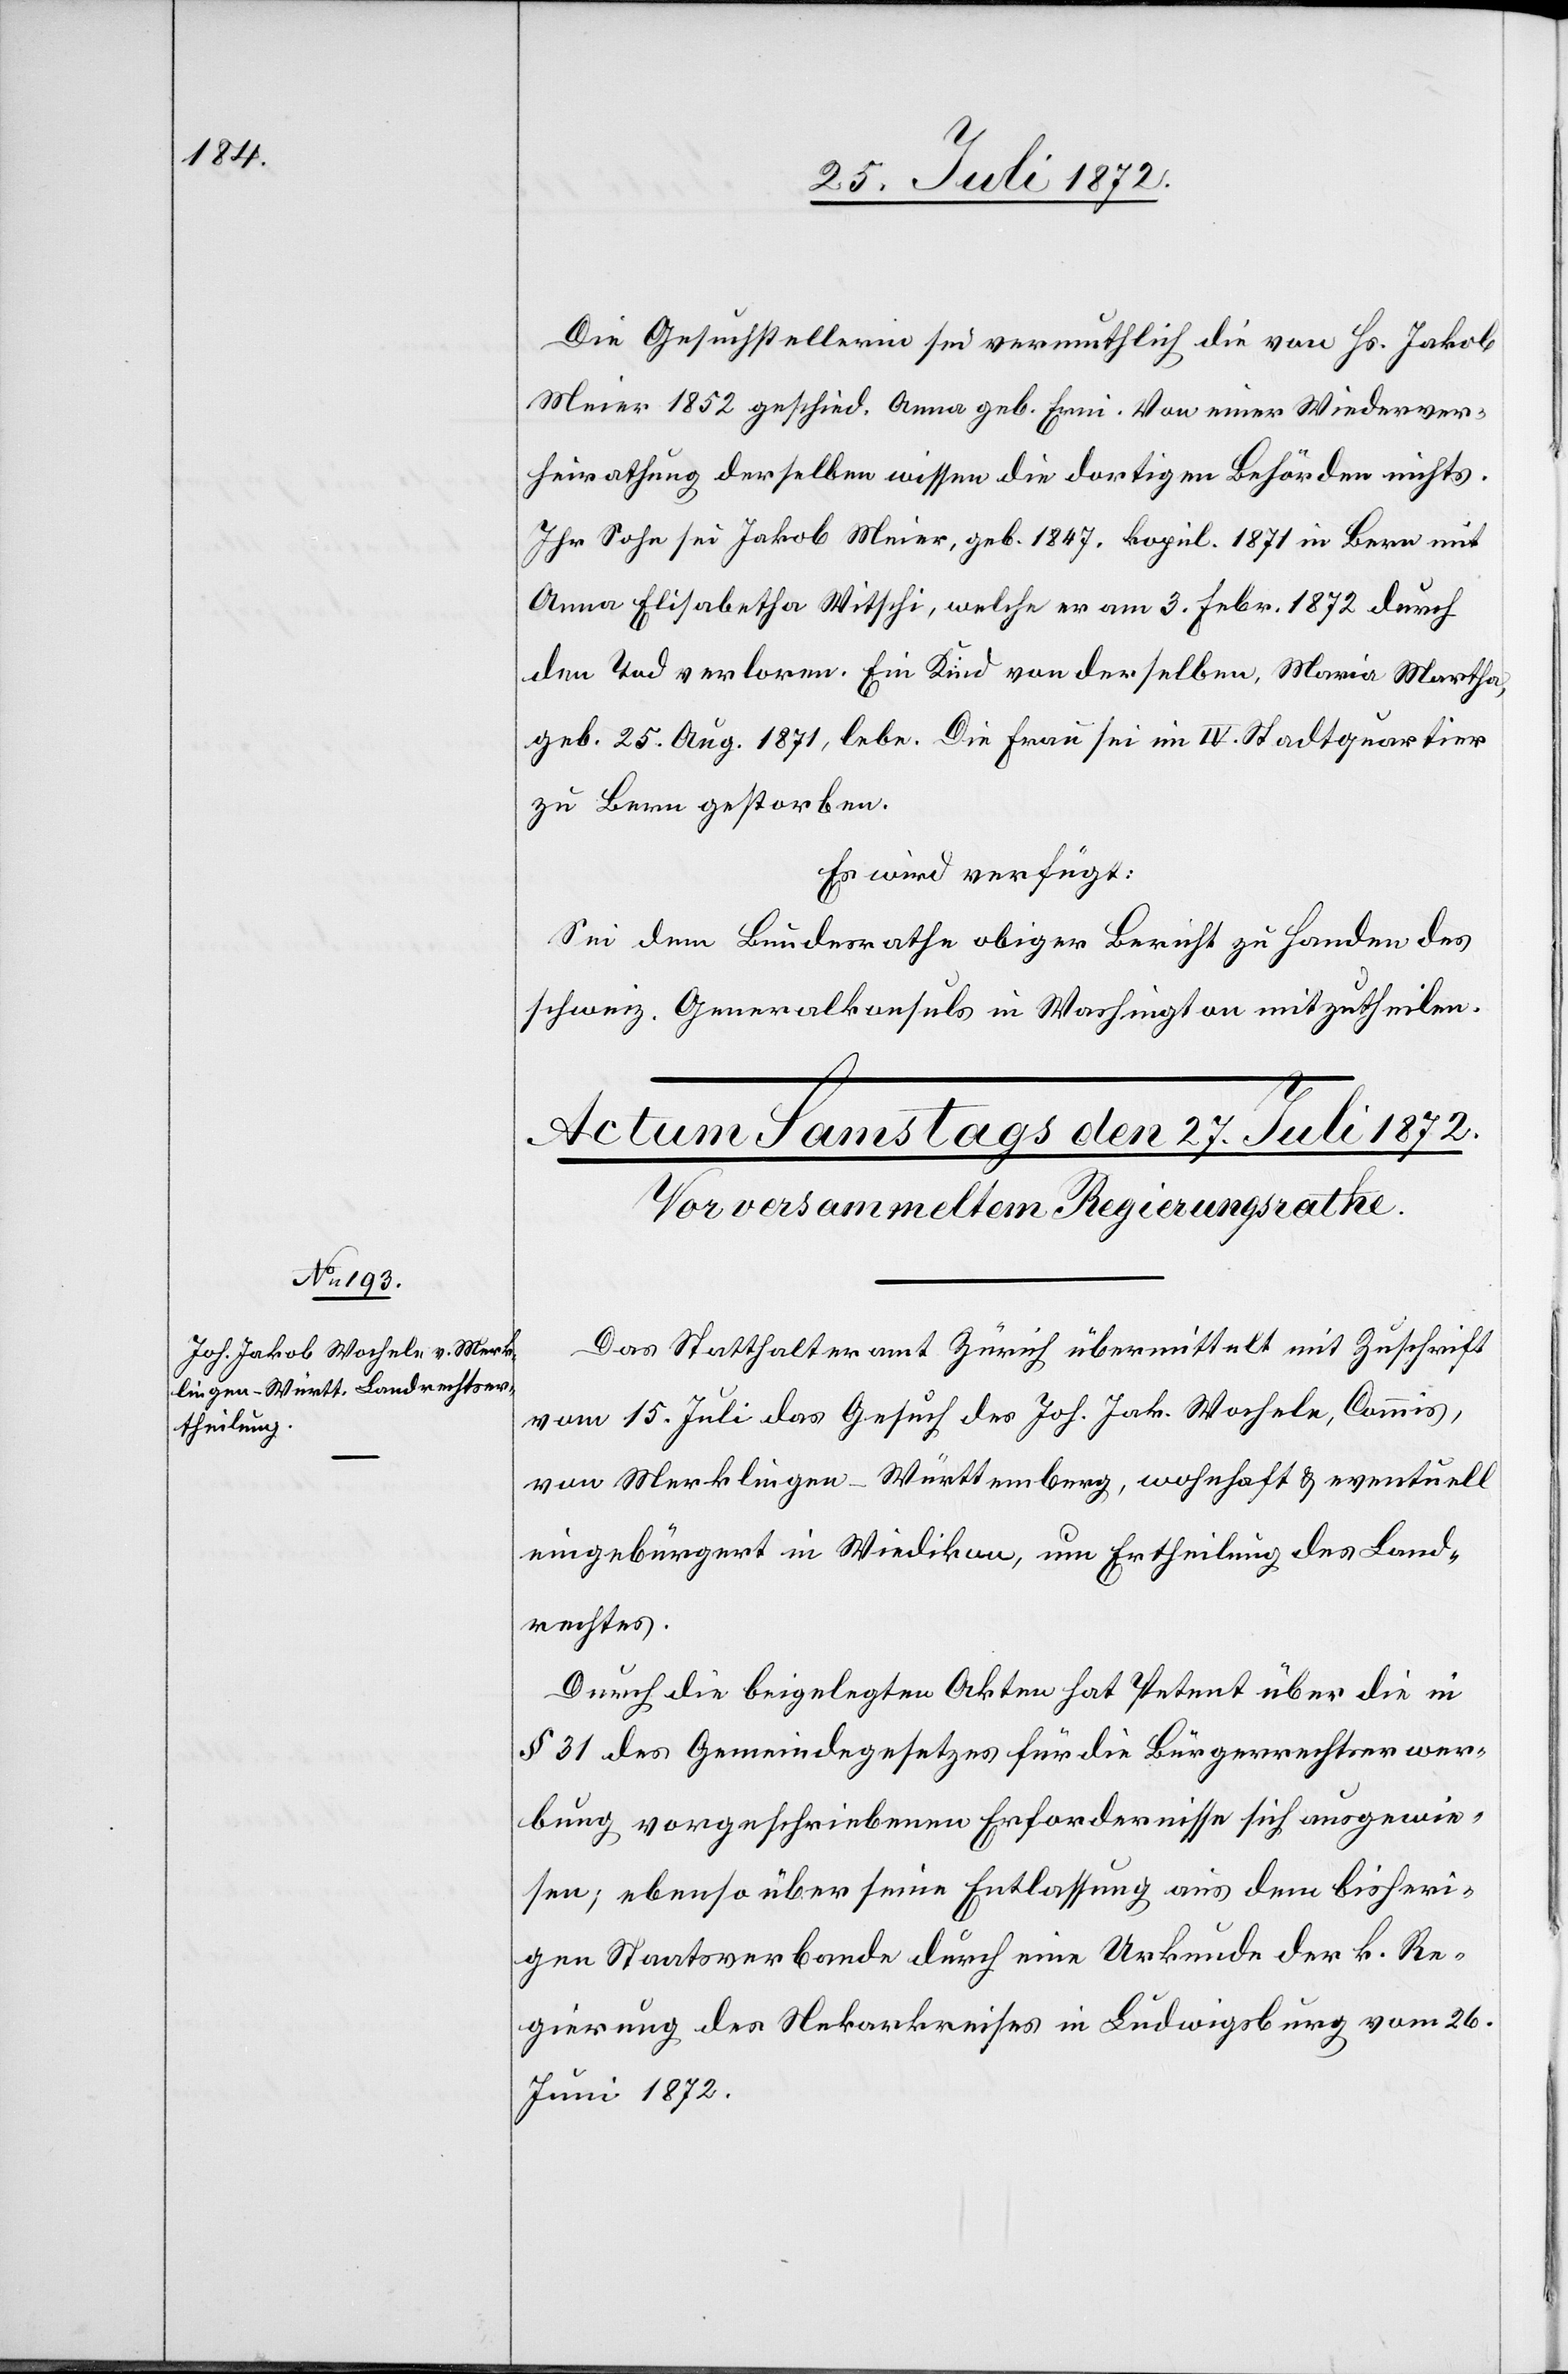
Die Gesuchstellerin sei vermuthlich die von Hs. Jakob
Meier 1852 geschied. Anna geb. Erni. Von einer Wiederver¬
heirathung derselben wissen die dortigen Behörden nichts.
Ihr Sohn sei Jakob Meier, geb. 1847, kopul. 1871 in Bern mit
Anna Elisabetha Witschi, welche er am 3. Febr. 1872 durch
den Tod verloren. Ein Kind von derselben, Maria Martha,
geb. 25. Aug. 1871, lebe. Die Frau sei im IV. Stadtquartier
zu Bern gestorben.
Es wird verfügt:
Sei dem Bundesrathe obiger Bericht zu Handen des
schweiz. Generalkonsuls in Washington mitzutheilen.
Das Statthalteramt Zürich übermittelt mit Zuschrift
vom 15. Juli das Gesuch des Joh. Jak. Wochele, Commis,
von Merklingen-Württemberg, wohnhaft u. eventuell
eingebürgert in Wiedikon, um Ertheilung des Land¬
rechtes.
Durch die beigelegten Akten hat Petent über die in
§ 31 des Gemeindegesetzes für die Bürgerrechtserwer¬
bung vorgeschriebenen Erfordernisse sich ausgewie¬
sen; ebenso über seine Entlassung aus dem bisheri¬
gen Staatsverbande durch eine Urkunde der k. Re¬
gierung des Nekarkreises in Ludwigsburg vom 26.
Juni 1872.